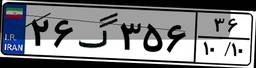
۲۶گ۳۵۶۳۶